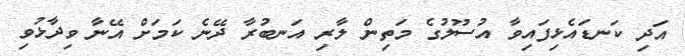
އަދި ކަނޑައެޅިފައިވާ އުސޫލުގެ މަތިން ލާރި އަނބުރާ ދޭނެ ކަމަށް އޭނާ ވިދާޅުވި